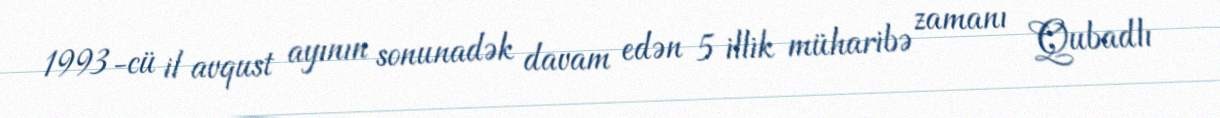
1993-cü il avqust ayının sonunadək davam edən 5 illik müharibə zamanı Qubadlı